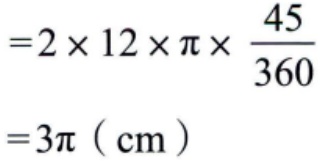
\[
\begin{align*}
&=2\times12\times\pi\times\frac{45}{360}\\
&=3\pi\ (\text{cm})
\end{align*}
\]